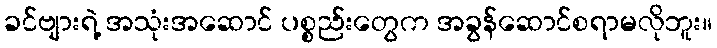
ခင်ဗျားရဲ့ အသုံးအဆောင် ပစ္စည်းတွေက အခွန်ဆောင်စရာမလိုဘူး။